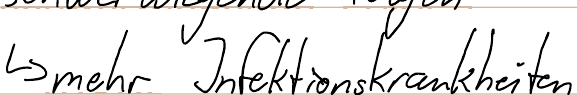
-> mehr Infektionskrankheiten